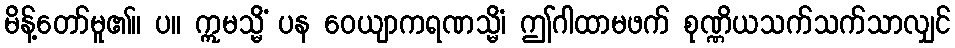
မိန့်တော်မူ၏။ ပ။ ဣမသ္မိံ ပန ဝေယျာကရဏသ္မိံ၊ ဤဂါထာမဖက် စုဏ္ဏိယသက်သက်သာလျှင်